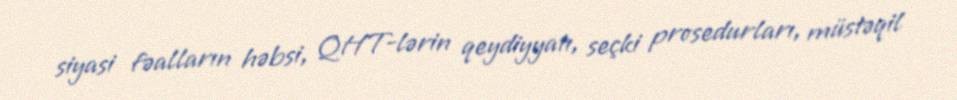
siyasi fəalların həbsi, QHT-lərin qeydiyyatı, seçki prosedurları, müstəqil